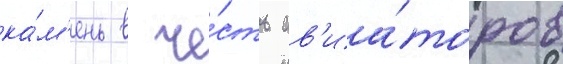
ка́м'ень в че́сть ав'иа́торов